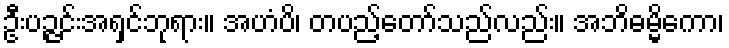
ဦးပဉ္ဇင်းအရှင်ဘုရား။ အဟံပိ၊ တပည့်တော်သည်လည်း။ အဘိဓမ္မိကော၊